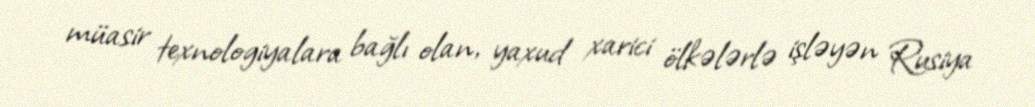
müasir texnologiyalara bağlı olan, yaxud xarici ölkələrlə işləyən Rusiya